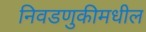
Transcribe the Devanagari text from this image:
निवडणुकीमधील